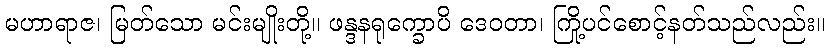
မဟာရာဇ၊ မြတ်သော မင်းမျိုးတို့။ ဖန္ဒနရုက္ခောပိ ဒေဝတာ၊ ကြို့ပင်စောင့်နတ်သည်လည်း။